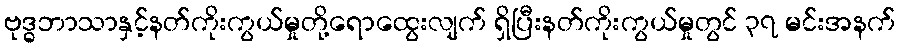
ဗုဒ္ဓဘာသာနှင့်နတ်ကိုးကွယ်မှုတို့ရောထွေးလျက် ရှိပြီးနတ်ကိုးကွယ်မှုတွင် ၃၇ မင်းအနက်